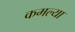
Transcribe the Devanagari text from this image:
कमल्या